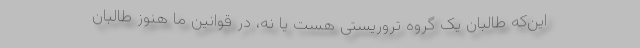
این‌که طالبان یک گروه تروریستی هست یا نه، در قوانین ما هنوز طالبان